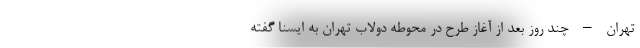
تهران – چند روز بعد از آغاز طرح در محوطه دولاب تهران به ایسنا گفته